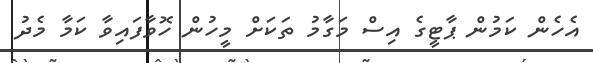
އެހެން ކަމުން ޕާޓީގެ އިސް މަގާމު ތަކަށް މީހުން ހޮވާފައިވާ ކަމާ މެދު